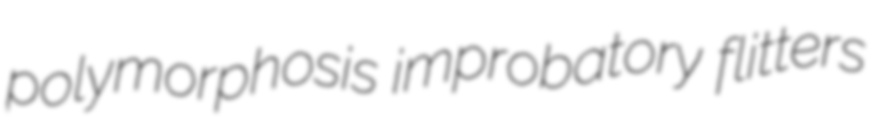
polymorphosis improbatory flitters